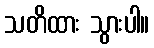
သတိထား သွားပါ။